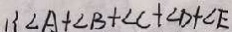
\angle A + \angle B + \angle C + \angle D + \angle E